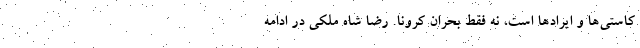
کاستی‌ها و ایرادها است، نه فقط بحران کرونا. رضا شاه ملکی در ادامه